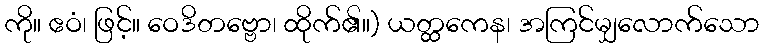
ကို။ ဧဝံ၊ ဖြင့်။ ဝေဒိတဗ္ဗော၊ ထိုက်၏။) ယတ္ထကေန၊ အကြင်မျှလောက်သော